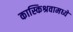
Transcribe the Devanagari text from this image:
कास्किश्रवामध्ये